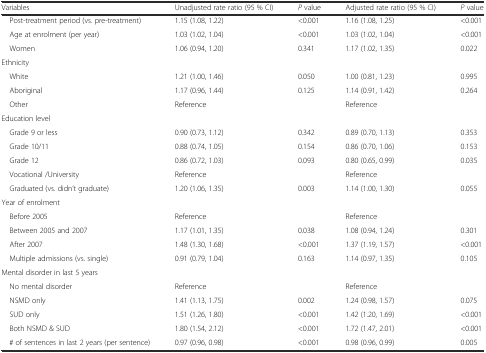
<table><thead><tr><td><b>Variables</b></td><td><b>Unadjusted rate ratio (95 % CI)</b></td><td><b><i>P</i> value</b></td><td><b>Adjusted rate ratio (95 % CI)</b></td><td><b><i>P</i> value</b></td></tr></thead><tbody><tr><td> Post-treatment period (vs. pre-treatment)</td><td>1.15 (1.08, 1.22)</td><td>&lt;0.001</td><td>1.16 (1.08, 1.25)</td><td>&lt;0.001</td></tr><tr><td> Age at enrolment (per year)</td><td>1.03 (1.02, 1.04)</td><td>&lt;0.001</td><td>1.03 (1.02, 1.04)</td><td>&lt;0.001</td></tr><tr><td> Women</td><td>1.06 (0.94, 1.20)</td><td>0.341</td><td>1.17 (1.02, 1.35)</td><td>0.022</td></tr><tr><td colspan="5">Ethnicity</td></tr><tr><td> White</td><td>1.21 (1.00, 1.46)</td><td>0.050</td><td>1.00 (0.81, 1.23)</td><td>0.995</td></tr><tr><td> Aboriginal</td><td>1.17 (0.96, 1.44)</td><td>0.125</td><td>1.14 (0.91, 1.42)</td><td>0.264</td></tr><tr><td> Other</td><td>Reference</td><td></td><td>Reference</td><td></td></tr><tr><td colspan="5">Education level</td></tr><tr><td> Grade 9 or less</td><td>0.90 (0.73, 1.12)</td><td>0.342</td><td>0.89 (0.70, 1.13)</td><td>0.353</td></tr><tr><td> Grade 10/11</td><td>0.88 (0.74, 1.05)</td><td>0.154</td><td>0.86 (0.70, 1.06)</td><td>0.153</td></tr><tr><td> Grade 12</td><td>0.86 (0.72, 1.03)</td><td>0.093</td><td>0.80 (0.65, 0.99)</td><td>0.035</td></tr><tr><td> Vocational /University</td><td>Reference</td><td></td><td>Reference</td><td></td></tr><tr><td> Graduated (vs. didn’t graduate)</td><td>1.20 (1.06, 1.35)</td><td>0.003</td><td>1.14 (1.00, 1.30)</td><td>0.055</td></tr><tr><td colspan="5">Year of enrolment</td></tr><tr><td> Before 2005</td><td>Reference</td><td></td><td>Reference</td><td></td></tr><tr><td> Between 2005 and 2007</td><td>1.17 (1.01, 1.35)</td><td>0.038</td><td>1.08 (0.94, 1.24)</td><td>0.301</td></tr><tr><td> After 2007</td><td>1.48 (1.30, 1.68)</td><td>&lt;0.001</td><td>1.37 (1.19, 1.57)</td><td>&lt;0.001</td></tr><tr><td> Multiple admissions (vs. single)</td><td>0.91 (0.79, 1.04)</td><td>0.163</td><td>1.14 (0.97, 1.35)</td><td>0.105</td></tr><tr><td colspan="5">Mental disorder in last 5 years</td></tr><tr><td> No mental disorder</td><td>Reference</td><td></td><td>Reference</td><td></td></tr><tr><td> NSMD only</td><td>1.41 (1.13, 1.75)</td><td>0.002</td><td>1.24 (0.98, 1.57)</td><td>0.075</td></tr><tr><td> SUD only</td><td>1.51 (1.26, 1.80)</td><td>&lt;0.001</td><td>1.42 (1.20, 1.69)</td><td>&lt;0.001</td></tr><tr><td> Both NSMD &amp; SUD</td><td>1.80 (1.54, 2.12)</td><td>&lt;0.001</td><td>1.72 (1.47, 2.01)</td><td>&lt;0.001</td></tr><tr><td> # of sentences in last 2 years (per sentence)</td><td>0.97 (0.96, 0.98)</td><td>&lt;0.001</td><td>0.98 (0.96, 0.99)</td><td>0.005</td></tr></tbody></table>